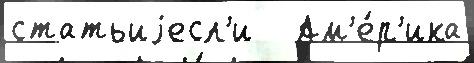
статьиjесл'и   Ам'е́р'ика